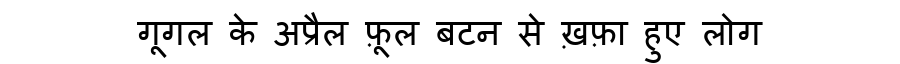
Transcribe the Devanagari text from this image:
गूगल के अप्रैल फ़ूल बटन से ख़फ़ा हुए लोग